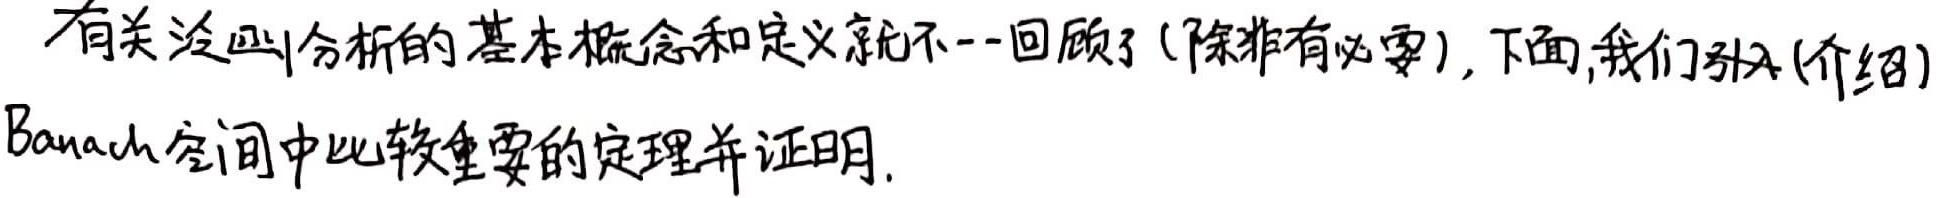
有关泛函分析的基本概念和定义就不一一回顾了(除非有必要), 下面,我们引入(介绍)Banach空间中比较重要的定理并证明.